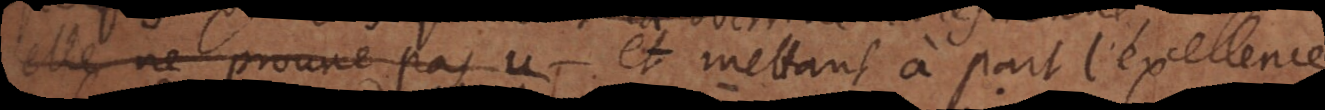
elle ne prouve pas u et mettant à part l’exc